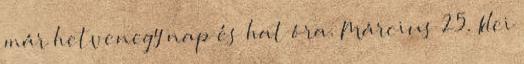
már hetvenegy nap és hat óra. Március 25. Idei